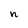
Character: n